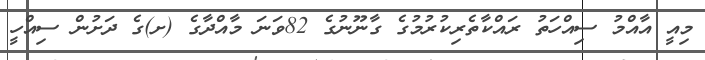
މިއީ އާއްމު ސިއްހަތު ރައްކާތެރިކުރުމުގެ ގާނޫނުގެ 82ވަނަ މާއްދާގެ (ށ)ގެ ދަށުން ސިއްހީ